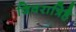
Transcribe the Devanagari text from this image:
शिवरात्रिहै